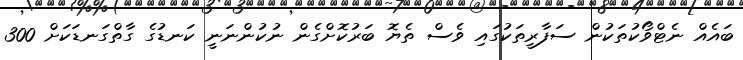
ބައެއް ނެޓްވޯކުތަކުން ސަފާރީތަކުގައި ވެސް ތެޔޮ ބަރުކޮށްގެން ނުކުންނަނީ ކަނޑުގެ ގާތްގަނޑަކަށް 300